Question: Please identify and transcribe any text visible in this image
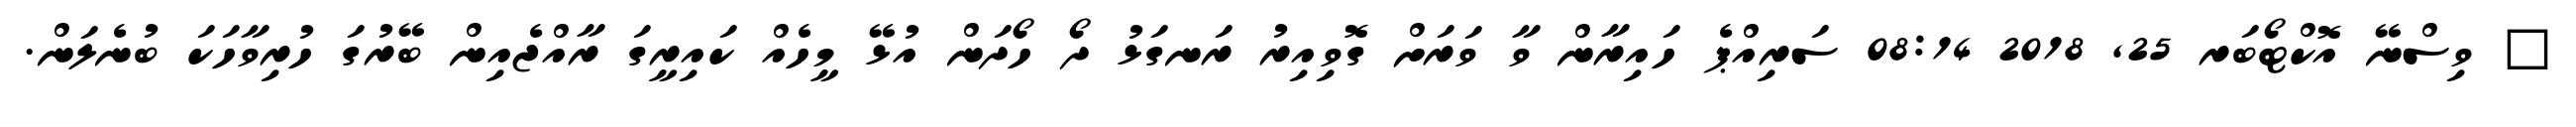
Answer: ? ވިސްނޭ އޮކްޓޯބަރ 25, 2018 08:14 ސަރިއްޕެ ހައިރާން ވާ ވަރަށް ގޮވިއިރު ރަނގަޅު ދޯ ހޯދަން އުޅޭ މީހެއް ކައިރީގަ ރާއްޖެއިން ބޭރުގަ ހުރިވާހަކަ ބުނެލަން.